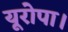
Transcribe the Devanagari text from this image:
यूरोपा।